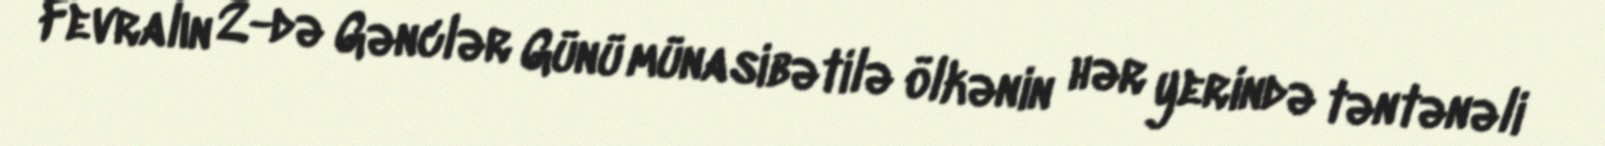
Fevralın 2-də Gənclər Günü münasibətilə ölkənin hər yerində təntənəli